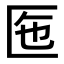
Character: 𠤷